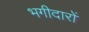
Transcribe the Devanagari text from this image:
भगीदारों